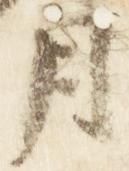
月